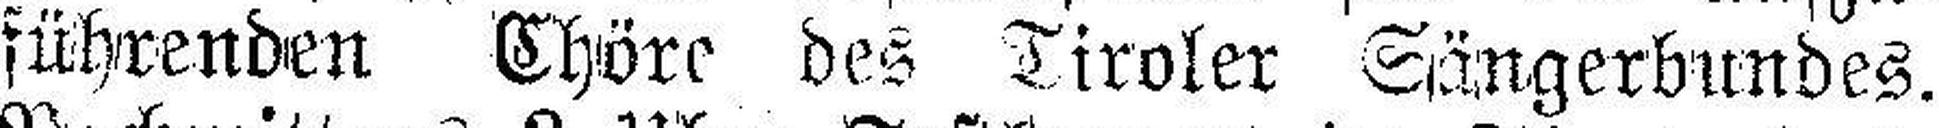
führenden Chöre des Tiroler Sängerbundes.